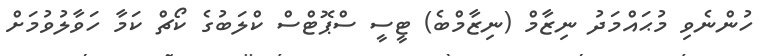
ހުންނެވި މުޙައްމަދު ނިޒާމް (ނިޒާމްބެ) ޓީސީ ސްޕޮޓްސް ކްލަބުގެ ކޯޗް ކަމާ ހަވާލުވުމަށް